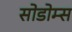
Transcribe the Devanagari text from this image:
सोडोम्स